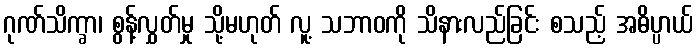
ဂုဏ်သိက္ခာ၊ စွန့်လွှတ်မှု သို့မဟုတ် လူ့ သဘာဝကို သိနားလည်ခြင်း စသည့် အဓိပ္ပာယ်